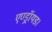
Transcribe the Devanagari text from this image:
एण्ड्रॉयड।